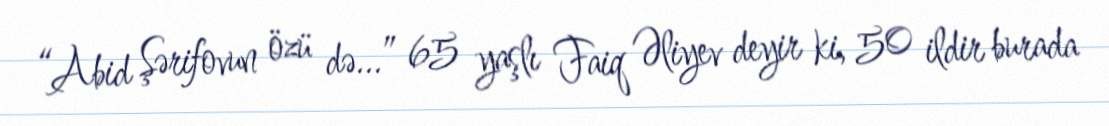
“Abid Şərifovun özü də...” 65 yaşlı Faiq Əliyev deyir ki, 50 ildir burada